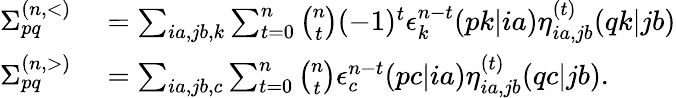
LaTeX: \begin{array}{rl}{\Sigma_{pq}^{(n,<)}}&{{}=\sum_{ia,jb,k}\sum_{t=0}^{n}\binom{n}{t}(-1)^{t}\epsilon_{k}^{n-t}(pk|ia)\eta_{ia,jb}^{(t)}(qk|jb)}\\ {\Sigma_{pq}^{(n,>)}}&{{}=\sum_{ia,jb,c}\sum_{t=0}^{n}\binom{n}{t}\epsilon_{c}^{n-t}(pc|ia)\eta_{ia,jb}^{(t)}(qc|jb).}\end{array}